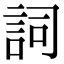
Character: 詞